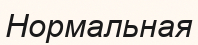
Нормальная